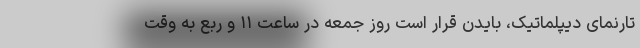
تارنمای دیپلماتیک‌، بایدن قرار است روز جمعه در ساعت ۱۱ و ربع به وقت